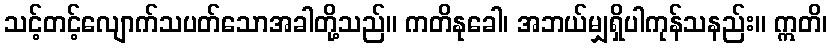
သင့်တင့်လျောက်သပတ်သောအခါတို့သည်။ ကတိနုခေါ၊ အဘယ်မျှရှိပါကုန်သနည်း။ ဣတိ၊